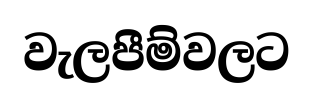
වැලපීම්වලට